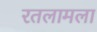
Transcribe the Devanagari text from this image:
रतलामला